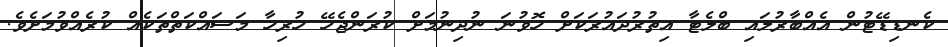
ކެނޑިޑޭޓުން އެއްބާރުލައި ބްލެޓާ އިތުރުދައުރަކަށް ހޮވުނަ ނުދިނުމަށް ކުރަންޖެހޭ ހުރިހާ މަސައްކަތްތަކެއް ކުރެއްވުމަށެވެ.